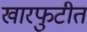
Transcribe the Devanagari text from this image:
खारफुटीत